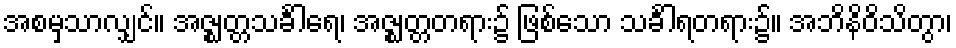
အစမှသာလျှင်။ အဇ္ဈတ္တသင်္ခါရေ၊ အဇ္ဈတ္တတရား၌ ဖြစ်သော သင်္ခါရတရား၌။ အဘိနိဝိသိတွာ၊